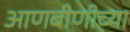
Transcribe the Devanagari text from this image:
आणबीणीच्या